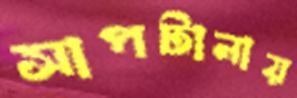
সাপটানায়